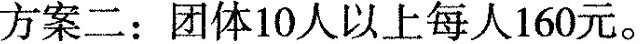
方案二：团体10人以上每人160元。